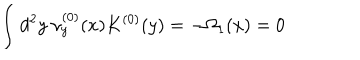
LaTeX: \int d ^ { 2 } y ~ \nu _ { y } ^ { ( 0 ) } ( x ) K ^ { ( 0 ) } ( y ) = - \Omega _ { 1 } ( x ) = 0